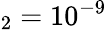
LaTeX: _2=10^{-9}